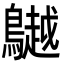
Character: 𪆧